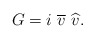
\begin{align*}G=i\ \overline{v}\ \widehat{v}.\end{align*}